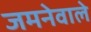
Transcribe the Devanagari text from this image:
जमनेवाले